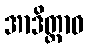
အာဒိတ္တာဝ